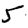
Digit: 5